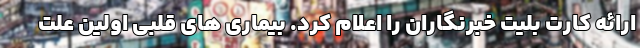
ارائه کارت بلیت خبرنگاران را اعلام کرد. بیماری های قلبی اولین علت